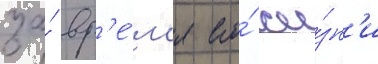
за́ вр'е́м'я его́ жи́зн'и